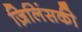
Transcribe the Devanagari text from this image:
ज़िलिंसकी